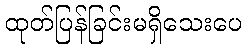
ထုတ်ပြန်ခြင်းမရှိသေးပေ